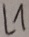
Text: L1